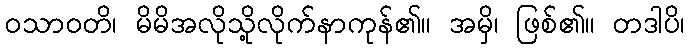
ဝသာဝတိ၊ မိမိအလိုသို့လိုက်နာကုန်၏။ အမှိ၊ ဖြစ်၏။ တဒါပိ၊